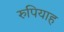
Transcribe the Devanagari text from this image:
रुपियाह